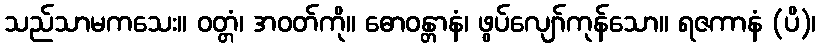
သည်သာမကသေး။ ဝတ္တံ၊ အဝတ်ကို။ ဓောဝန္တာနံ၊ ဖွပ်လျော်ကုန်သော။ ရဇကာနံ (ပိ)၊